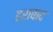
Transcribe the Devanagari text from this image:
हराबाद